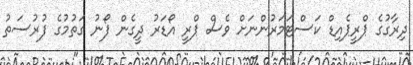
ދިރާގުގެ ޕްރީޕެއިޑް ކަސްޓަމަރުންނަށް ވެސް ޕްރީ އޯޑަރު ދީގެން ފޯނު ގަތުމުގެ ފުރުސަތު